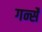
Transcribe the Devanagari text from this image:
गर्न्से